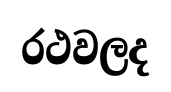
රථවලද